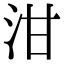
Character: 泔